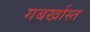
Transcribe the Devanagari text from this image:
गबर्खास्‍त